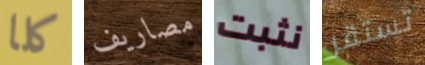
كلا مصاريف نثبت تستقر